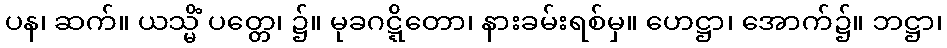
ပန၊ ဆက်။ ယသ္မိံ ပတ္တေ၊ ၌။ မုခဂဋ္ဋိတော၊ နားခမ်းရစ်မှ။ ဟေဋ္ဌာ၊ အောက်၌။ ဘဋ္ဌာ၊